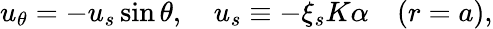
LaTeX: \begin{array}{r}{u_{\theta}=-u_{s}\sin\theta,\quad u_{s}\equiv-\xi_{s}K\alpha\quad(r=a),}\end{array}